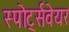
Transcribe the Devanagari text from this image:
स्पोर्ट्सवेयर